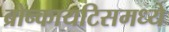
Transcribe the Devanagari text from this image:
ब्रोन्कायटिसमध्ये